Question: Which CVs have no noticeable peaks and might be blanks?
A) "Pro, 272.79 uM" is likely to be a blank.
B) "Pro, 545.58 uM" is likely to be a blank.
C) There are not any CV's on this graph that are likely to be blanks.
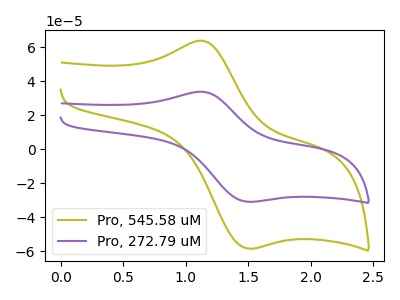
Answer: <think>The olive curve "Pro, 545.58 uM" has an anodic peak at (1.10V, 63.90uA) and a cathodic peak at (1.50V, -58.50uA). The purple curve "Pro, 272.79 uM" has an anodic peak at (1.10V, 33.85uA) and a cathodic peak at (1.50V, -30.95uA).</think>
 <answer>C) There are not any CV's on this graph that are likely to be blanks.</answer>
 <eval>C</eval>